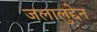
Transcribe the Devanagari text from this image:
जलालुद्देन